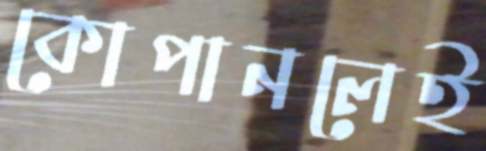
কোপানলেই